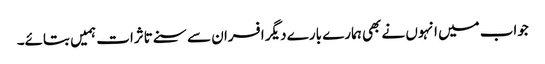
جواب میں انہوں نے بھی ہمارے بارے دیگر افسران سے سنے تاثرات ہمیں بتائے۔